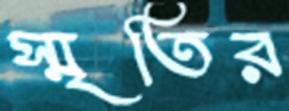
স্মৃতির